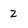
Character: 2